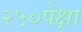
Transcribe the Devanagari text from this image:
२५०पेक्षा